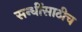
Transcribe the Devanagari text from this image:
सन्धींसाठीच